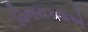
વિજયકથાઓ